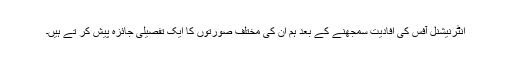
انٹرنیشنل آفس کی افادیت سمجھنے کے بعد ہم ان کی مختلف صورتوں کا ایک تفصیلی جائزہ پیش کر تے ہیں۔